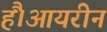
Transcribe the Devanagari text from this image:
हैं।आयरीन